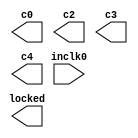
// megafunction wizard: %ALTPLL%VBB%
// GENERATION: STANDARD
// VERSION: WM1.0
// MODULE: altpll 

// ============================================================
// Megafunction Name(s):
// 			altpll
//
// Simulation Library Files(s):
// 			altera_mf
// ============================================================
// ************************************************************
// THIS IS A WIZARD-GENERATED FILE. DO NOT EDIT THIS FILE!
//
// 11.0 Build 157 04/27/2011 SJ Full Version
// ************************************************************

//Copyright (C) 1991-2011 Altera Corporation
//Your use of Altera Corporation's design tools, logic functions 
//and other software and tools, and its AMPP partner logic 
//functions, and any output files from any of the foregoing 
//(including device programming or simulation files), and any 
//associated documentation or information are expressly subject 
//to the terms and conditions of the Altera Program License 
//Subscription Agreement, Altera MegaCore Function License 
//Agreement, or other applicable license agreement, including, 
//without limitation, that your use is for the sole purpose of 
//programming logic devices manufactured by Altera and sold by 
//Altera or its authorized distributors.  Please refer to the 
//applicable agreement for further details.

module altpllpll (
	inclk0,
	c0,
	c2,
	c3,
	c4,
	locked);

	input	  inclk0;
	output	  c0;
	output	  c2;
	output	  c3;
	output	  c4;
	output	  locked;

endmodule

// ============================================================
// CNX file retrieval info
// ============================================================
// Retrieval info: PRIVATE: ACTIVECLK_CHECK STRING "0"
// Retrieval info: PRIVATE: BANDWIDTH STRING "1.000"
// Retrieval info: PRIVATE: BANDWIDTH_FEATURE_ENABLED STRING "1"
// Retrieval info: PRIVATE: BANDWIDTH_FREQ_UNIT STRING "MHz"
// Retrieval info: PRIVATE: BANDWIDTH_PRESET STRING "Low"
// Retrieval info: PRIVATE: BANDWIDTH_USE_AUTO STRING "1"
// Retrieval info: PRIVATE: BANDWIDTH_USE_PRESET STRING "0"
// Retrieval info: PRIVATE: CLKBAD_SWITCHOVER_CHECK STRING "0"
// Retrieval info: PRIVATE: CLKLOSS_CHECK STRING "0"
// Retrieval info: PRIVATE: CLKSWITCH_CHECK STRING "0"
// Retrieval info: PRIVATE: CNX_NO_COMPENSATE_RADIO STRING "0"
// Retrieval info: PRIVATE: CREATE_CLKBAD_CHECK STRING "0"
// Retrieval info: PRIVATE: CREATE_INCLK1_CHECK STRING "0"
// Retrieval info: PRIVATE: CUR_DEDICATED_CLK STRING "c0"
// Retrieval info: PRIVATE: CUR_FBIN_CLK STRING "e0"
// Retrieval info: PRIVATE: DEVICE_SPEED_GRADE STRING "Any"
// Retrieval info: PRIVATE: DIV_FACTOR0 NUMERIC "1"
// Retrieval info: PRIVATE: DIV_FACTOR2 NUMERIC "5"
// Retrieval info: PRIVATE: DIV_FACTOR3 NUMERIC "5"
// Retrieval info: PRIVATE: DIV_FACTOR4 NUMERIC "1"
// Retrieval info: PRIVATE: DUTY_CYCLE0 STRING "50.00000000"
// Retrieval info: PRIVATE: DUTY_CYCLE2 STRING "50.00000000"
// Retrieval info: PRIVATE: DUTY_CYCLE3 STRING "50.00000000"
// Retrieval info: PRIVATE: DUTY_CYCLE4 STRING "50.00000000"
// Retrieval info: PRIVATE: EFF_OUTPUT_FREQ_VALUE0 STRING "100.000000"
// Retrieval info: PRIVATE: EFF_OUTPUT_FREQ_VALUE2 STRING "60.000000"
// Retrieval info: PRIVATE: EFF_OUTPUT_FREQ_VALUE3 STRING "2.500000"
// Retrieval info: PRIVATE: EFF_OUTPUT_FREQ_VALUE4 STRING "2.500000"
// Retrieval info: PRIVATE: EXPLICIT_SWITCHOVER_COUNTER STRING "0"
// Retrieval info: PRIVATE: EXT_FEEDBACK_RADIO STRING "0"
// Retrieval info: PRIVATE: GLOCKED_COUNTER_EDIT_CHANGED STRING "1"
// Retrieval info: PRIVATE: GLOCKED_FEATURE_ENABLED STRING "0"
// Retrieval info: PRIVATE: GLOCKED_MODE_CHECK STRING "0"
// Retrieval info: PRIVATE: GLOCK_COUNTER_EDIT NUMERIC "1048575"
// Retrieval info: PRIVATE: HAS_MANUAL_SWITCHOVER STRING "1"
// Retrieval info: PRIVATE: INCLK0_FREQ_EDIT STRING "50.000"
// Retrieval info: PRIVATE: INCLK0_FREQ_UNIT_COMBO STRING "MHz"
// Retrieval info: PRIVATE: INCLK1_FREQ_EDIT STRING "100.000"
// Retrieval info: PRIVATE: INCLK1_FREQ_EDIT_CHANGED STRING "1"
// Retrieval info: PRIVATE: INCLK1_FREQ_UNIT_CHANGED STRING "1"
// Retrieval info: PRIVATE: INCLK1_FREQ_UNIT_COMBO STRING "MHz"
// Retrieval info: PRIVATE: INTENDED_DEVICE_FAMILY STRING "Cyclone III"
// Retrieval info: PRIVATE: INT_FEEDBACK__MODE_RADIO STRING "1"
// Retrieval info: PRIVATE: LOCKED_OUTPUT_CHECK STRING "1"
// Retrieval info: PRIVATE: LONG_SCAN_RADIO STRING "1"
// Retrieval info: PRIVATE: LVDS_MODE_DATA_RATE STRING "Not Available"
// Retrieval info: PRIVATE: LVDS_MODE_DATA_RATE_DIRTY NUMERIC "0"
// Retrieval info: PRIVATE: LVDS_PHASE_SHIFT_UNIT0 STRING "ps"
// Retrieval info: PRIVATE: LVDS_PHASE_SHIFT_UNIT2 STRING "ps"
// Retrieval info: PRIVATE: LVDS_PHASE_SHIFT_UNIT3 STRING "ps"
// Retrieval info: PRIVATE: LVDS_PHASE_SHIFT_UNIT4 STRING "ps"
// Retrieval info: PRIVATE: MIG_DEVICE_SPEED_GRADE STRING "Any"
// Retrieval info: PRIVATE: MIRROR_CLK0 STRING "0"
// Retrieval info: PRIVATE: MIRROR_CLK2 STRING "0"
// Retrieval info: PRIVATE: MIRROR_CLK3 STRING "0"
// Retrieval info: PRIVATE: MIRROR_CLK4 STRING "0"
// Retrieval info: PRIVATE: MULT_FACTOR0 NUMERIC "2"
// Retrieval info: PRIVATE: MULT_FACTOR2 NUMERIC "6"
// Retrieval info: PRIVATE: MULT_FACTOR3 NUMERIC "4"
// Retrieval info: PRIVATE: MULT_FACTOR4 NUMERIC "1"
// Retrieval info: PRIVATE: NORMAL_MODE_RADIO STRING "1"
// Retrieval info: PRIVATE: OUTPUT_FREQ0 STRING "100.00000000"
// Retrieval info: PRIVATE: OUTPUT_FREQ2 STRING "100.00000000"
// Retrieval info: PRIVATE: OUTPUT_FREQ3 STRING "2.50000000"
// Retrieval info: PRIVATE: OUTPUT_FREQ4 STRING "2.50000000"
// Retrieval info: PRIVATE: OUTPUT_FREQ_MODE0 STRING "0"
// Retrieval info: PRIVATE: OUTPUT_FREQ_MODE2 STRING "0"
// Retrieval info: PRIVATE: OUTPUT_FREQ_MODE3 STRING "1"
// Retrieval info: PRIVATE: OUTPUT_FREQ_MODE4 STRING "1"
// Retrieval info: PRIVATE: OUTPUT_FREQ_UNIT0 STRING "MHz"
// Retrieval info: PRIVATE: OUTPUT_FREQ_UNIT2 STRING "MHz"
// Retrieval info: PRIVATE: OUTPUT_FREQ_UNIT3 STRING "MHz"
// Retrieval info: PRIVATE: OUTPUT_FREQ_UNIT4 STRING "MHz"
// Retrieval info: PRIVATE: PHASE_RECONFIG_FEATURE_ENABLED STRING "1"
// Retrieval info: PRIVATE: PHASE_RECONFIG_INPUTS_CHECK STRING "0"
// Retrieval info: PRIVATE: PHASE_SHIFT0 STRING "0.00000000"
// Retrieval info: PRIVATE: PHASE_SHIFT2 STRING "0.00000000"
// Retrieval info: PRIVATE: PHASE_SHIFT3 STRING "0.00000000"
// Retrieval info: PRIVATE: PHASE_SHIFT4 STRING "100.00000000"
// Retrieval info: PRIVATE: PHASE_SHIFT_STEP_ENABLED_CHECK STRING "0"
// Retrieval info: PRIVATE: PHASE_SHIFT_UNIT0 STRING "ps"
// Retrieval info: PRIVATE: PHASE_SHIFT_UNIT2 STRING "ps"
// Retrieval info: PRIVATE: PHASE_SHIFT_UNIT3 STRING "ps"
// Retrieval info: PRIVATE: PHASE_SHIFT_UNIT4 STRING "deg"
// Retrieval info: PRIVATE: PLL_ADVANCED_PARAM_CHECK STRING "0"
// Retrieval info: PRIVATE: PLL_ARESET_CHECK STRING "0"
// Retrieval info: PRIVATE: PLL_AUTOPLL_CHECK NUMERIC "1"
// Retrieval info: PRIVATE: PLL_ENHPLL_CHECK NUMERIC "0"
// Retrieval info: PRIVATE: PLL_FASTPLL_CHECK NUMERIC "0"
// Retrieval info: PRIVATE: PLL_FBMIMIC_CHECK STRING "0"
// Retrieval info: PRIVATE: PLL_LVDS_PLL_CHECK NUMERIC "0"
// Retrieval info: PRIVATE: PLL_PFDENA_CHECK STRING "0"
// Retrieval info: PRIVATE: PLL_TARGET_HARCOPY_CHECK NUMERIC "0"
// Retrieval info: PRIVATE: PRIMARY_CLK_COMBO STRING "inclk0"
// Retrieval info: PRIVATE: RECONFIG_FILE STRING "altpllpll.mif"
// Retrieval info: PRIVATE: SACN_INPUTS_CHECK STRING "0"
// Retrieval info: PRIVATE: SCAN_FEATURE_ENABLED STRING "1"
// Retrieval info: PRIVATE: SELF_RESET_LOCK_LOSS STRING "0"
// Retrieval info: PRIVATE: SHORT_SCAN_RADIO STRING "0"
// Retrieval info: PRIVATE: SPREAD_FEATURE_ENABLED STRING "0"
// Retrieval info: PRIVATE: SPREAD_FREQ STRING "50.000"
// Retrieval info: PRIVATE: SPREAD_FREQ_UNIT STRING "KHz"
// Retrieval info: PRIVATE: SPREAD_PERCENT STRING "0.500"
// Retrieval info: PRIVATE: SPREAD_USE STRING "0"
// Retrieval info: PRIVATE: SRC_SYNCH_COMP_RADIO STRING "0"
// Retrieval info: PRIVATE: STICKY_CLK0 STRING "1"
// Retrieval info: PRIVATE: STICKY_CLK2 STRING "1"
// Retrieval info: PRIVATE: STICKY_CLK3 STRING "1"
// Retrieval info: PRIVATE: STICKY_CLK4 STRING "1"
// Retrieval info: PRIVATE: SWITCHOVER_COUNT_EDIT NUMERIC "1"
// Retrieval info: PRIVATE: SWITCHOVER_FEATURE_ENABLED STRING "1"
// Retrieval info: PRIVATE: SYNTH_WRAPPER_GEN_POSTFIX STRING "0"
// Retrieval info: PRIVATE: USE_CLK0 STRING "1"
// Retrieval info: PRIVATE: USE_CLK2 STRING "1"
// Retrieval info: PRIVATE: USE_CLK3 STRING "1"
// Retrieval info: PRIVATE: USE_CLK4 STRING "1"
// Retrieval info: PRIVATE: USE_CLKENA0 STRING "0"
// Retrieval info: PRIVATE: USE_CLKENA2 STRING "0"
// Retrieval info: PRIVATE: USE_CLKENA3 STRING "0"
// Retrieval info: PRIVATE: USE_CLKENA4 STRING "0"
// Retrieval info: PRIVATE: USE_MIL_SPEED_GRADE NUMERIC "0"
// Retrieval info: PRIVATE: ZERO_DELAY_RADIO STRING "0"
// Retrieval info: LIBRARY: altera_mf altera_mf.altera_mf_components.all
// Retrieval info: CONSTANT: BANDWIDTH_TYPE STRING "AUTO"
// Retrieval info: CONSTANT: CLK0_DIVIDE_BY NUMERIC "1"
// Retrieval info: CONSTANT: CLK0_DUTY_CYCLE NUMERIC "50"
// Retrieval info: CONSTANT: CLK0_MULTIPLY_BY NUMERIC "2"
// Retrieval info: CONSTANT: CLK0_PHASE_SHIFT STRING "0"
// Retrieval info: CONSTANT: CLK2_DIVIDE_BY NUMERIC "5"
// Retrieval info: CONSTANT: CLK2_DUTY_CYCLE NUMERIC "50"
// Retrieval info: CONSTANT: CLK2_MULTIPLY_BY NUMERIC "6"
// Retrieval info: CONSTANT: CLK2_PHASE_SHIFT STRING "0"
// Retrieval info: CONSTANT: CLK3_DIVIDE_BY NUMERIC "20"
// Retrieval info: CONSTANT: CLK3_DUTY_CYCLE NUMERIC "50"
// Retrieval info: CONSTANT: CLK3_MULTIPLY_BY NUMERIC "1"
// Retrieval info: CONSTANT: CLK3_PHASE_SHIFT STRING "0"
// Retrieval info: CONSTANT: CLK4_DIVIDE_BY NUMERIC "20"
// Retrieval info: CONSTANT: CLK4_DUTY_CYCLE NUMERIC "50"
// Retrieval info: CONSTANT: CLK4_MULTIPLY_BY NUMERIC "1"
// Retrieval info: CONSTANT: CLK4_PHASE_SHIFT STRING "111111"
// Retrieval info: CONSTANT: COMPENSATE_CLOCK STRING "CLK0"
// Retrieval info: CONSTANT: INCLK0_INPUT_FREQUENCY NUMERIC "20000"
// Retrieval info: CONSTANT: INTENDED_DEVICE_FAMILY STRING "Cyclone III"
// Retrieval info: CONSTANT: LPM_TYPE STRING "altpll"
// Retrieval info: CONSTANT: OPERATION_MODE STRING "NORMAL"
// Retrieval info: CONSTANT: PLL_TYPE STRING "AUTO"
// Retrieval info: CONSTANT: PORT_ACTIVECLOCK STRING "PORT_UNUSED"
// Retrieval info: CONSTANT: PORT_ARESET STRING "PORT_UNUSED"
// Retrieval info: CONSTANT: PORT_CLKBAD0 STRING "PORT_UNUSED"
// Retrieval info: CONSTANT: PORT_CLKBAD1 STRING "PORT_UNUSED"
// Retrieval info: CONSTANT: PORT_CLKLOSS STRING "PORT_UNUSED"
// Retrieval info: CONSTANT: PORT_CLKSWITCH STRING "PORT_UNUSED"
// Retrieval info: CONSTANT: PORT_CONFIGUPDATE STRING "PORT_UNUSED"
// Retrieval info: CONSTANT: PORT_FBIN STRING "PORT_UNUSED"
// Retrieval info: CONSTANT: PORT_INCLK0 STRING "PORT_USED"
// Retrieval info: CONSTANT: PORT_INCLK1 STRING "PORT_UNUSED"
// Retrieval info: CONSTANT: PORT_LOCKED STRING "PORT_USED"
// Retrieval info: CONSTANT: PORT_PFDENA STRING "PORT_UNUSED"
// Retrieval info: CONSTANT: PORT_PHASECOUNTERSELECT STRING "PORT_UNUSED"
// Retrieval info: CONSTANT: PORT_PHASEDONE STRING "PORT_UNUSED"
// Retrieval info: CONSTANT: PORT_PHASESTEP STRING "PORT_UNUSED"
// Retrieval info: CONSTANT: PORT_PHASEUPDOWN STRING "PORT_UNUSED"
// Retrieval info: CONSTANT: PORT_PLLENA STRING "PORT_UNUSED"
// Retrieval info: CONSTANT: PORT_SCANACLR STRING "PORT_UNUSED"
// Retrieval info: CONSTANT: PORT_SCANCLK STRING "PORT_UNUSED"
// Retrieval info: CONSTANT: PORT_SCANCLKENA STRING "PORT_UNUSED"
// Retrieval info: CONSTANT: PORT_SCANDATA STRING "PORT_UNUSED"
// Retrieval info: CONSTANT: PORT_SCANDATAOUT STRING "PORT_UNUSED"
// Retrieval info: CONSTANT: PORT_SCANDONE STRING "PORT_UNUSED"
// Retrieval info: CONSTANT: PORT_SCANREAD STRING "PORT_UNUSED"
// Retrieval info: CONSTANT: PORT_SCANWRITE STRING "PORT_UNUSED"
// Retrieval info: CONSTANT: PORT_clk0 STRING "PORT_USED"
// Retrieval info: CONSTANT: PORT_clk1 STRING "PORT_UNUSED"
// Retrieval info: CONSTANT: PORT_clk2 STRING "PORT_USED"
// Retrieval info: CONSTANT: PORT_clk3 STRING "PORT_USED"
// Retrieval info: CONSTANT: PORT_clk4 STRING "PORT_USED"
// Retrieval info: CONSTANT: PORT_clk5 STRING "PORT_UNUSED"
// Retrieval info: CONSTANT: PORT_clkena0 STRING "PORT_UNUSED"
// Retrieval info: CONSTANT: PORT_clkena1 STRING "PORT_UNUSED"
// Retrieval info: CONSTANT: PORT_clkena2 STRING "PORT_UNUSED"
// Retrieval info: CONSTANT: PORT_clkena3 STRING "PORT_UNUSED"
// Retrieval info: CONSTANT: PORT_clkena4 STRING "PORT_UNUSED"
// Retrieval info: CONSTANT: PORT_clkena5 STRING "PORT_UNUSED"
// Retrieval info: CONSTANT: PORT_extclk0 STRING "PORT_UNUSED"
// Retrieval info: CONSTANT: PORT_extclk1 STRING "PORT_UNUSED"
// Retrieval info: CONSTANT: PORT_extclk2 STRING "PORT_UNUSED"
// Retrieval info: CONSTANT: PORT_extclk3 STRING "PORT_UNUSED"
// Retrieval info: CONSTANT: SELF_RESET_ON_LOSS_LOCK STRING "OFF"
// Retrieval info: CONSTANT: WIDTH_CLOCK NUMERIC "5"
// Retrieval info: USED_PORT: @clk 0 0 5 0 OUTPUT_CLK_EXT VCC "@clk[4..0]"
// Retrieval info: USED_PORT: c0 0 0 0 0 OUTPUT_CLK_EXT VCC "c0"
// Retrieval info: USED_PORT: c2 0 0 0 0 OUTPUT_CLK_EXT VCC "c2"
// Retrieval info: USED_PORT: c3 0 0 0 0 OUTPUT_CLK_EXT VCC "c3"
// Retrieval info: USED_PORT: c4 0 0 0 0 OUTPUT_CLK_EXT VCC "c4"
// Retrieval info: USED_PORT: inclk0 0 0 0 0 INPUT_CLK_EXT GND "inclk0"
// Retrieval info: USED_PORT: locked 0 0 0 0 OUTPUT GND "locked"
// Retrieval info: CONNECT: @inclk 0 0 1 1 GND 0 0 0 0
// Retrieval info: CONNECT: @inclk 0 0 1 0 inclk0 0 0 0 0
// Retrieval info: CONNECT: c0 0 0 0 0 @clk 0 0 1 0
// Retrieval info: CONNECT: c2 0 0 0 0 @clk 0 0 1 2
// Retrieval info: CONNECT: c3 0 0 0 0 @clk 0 0 1 3
// Retrieval info: CONNECT: c4 0 0 0 0 @clk 0 0 1 4
// Retrieval info: CONNECT: locked 0 0 0 0 @locked 0 0 0 0
// Retrieval info: GEN_FILE: TYPE_NORMAL altpllpll.v TRUE
// Retrieval info: GEN_FILE: TYPE_NORMAL altpllpll.ppf TRUE
// Retrieval info: GEN_FILE: TYPE_NORMAL altpllpll.inc FALSE
// Retrieval info: GEN_FILE: TYPE_NORMAL altpllpll.cmp FALSE
// Retrieval info: GEN_FILE: TYPE_NORMAL altpllpll.bsf FALSE
// Retrieval info: GEN_FILE: TYPE_NORMAL altpllpll_inst.v FALSE
// Retrieval info: GEN_FILE: TYPE_NORMAL altpllpll_bb.v TRUE
// Retrieval info: LIB_FILE: altera_mf